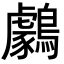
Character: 𪆺